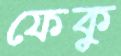
ফেকু